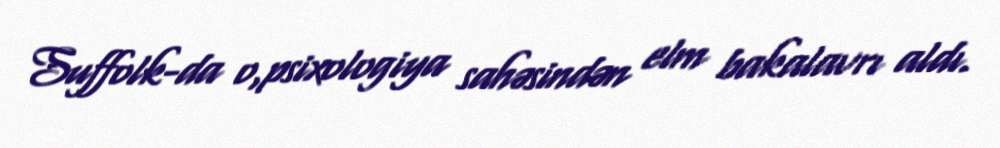
Suffolk-da o,psixologiya sahəsindən elm bakalavrı aldı.